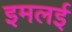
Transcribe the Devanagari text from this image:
इमलई